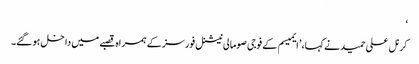
‘
کرنل علی حمید نے کہا، ’ایمیسم کے فوجی صومالی نیشنل فورسز کے ہمراہ قصبے میں داخل ہو گئے۔